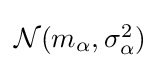
{\textstyle {\mathcal {N}}(m_{\alpha },\sigma _{\alpha }^{2})}